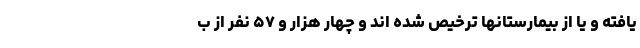
یافته و یا از بیمارستانها ترخیص شده اند و چهار هزار و ۵۷ نفر از ب